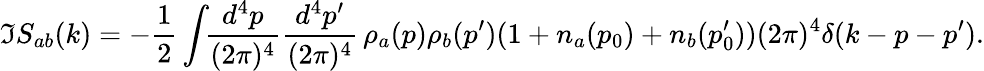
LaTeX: \Im S_{ab}(k)=-\frac 12\int\! \! \frac{d^{4}p}{(2\pi)^{4}}\frac{d^{4}p^{\prime}}{(2\pi)^{4}}\, \rho_{a}(p)\rho_{b}(p^{\prime})(1+n_{a}(p_{0})+n_{b}(p_{0}^{\prime}))(2\pi)^{4}\delta(k-p-p^{\prime}).